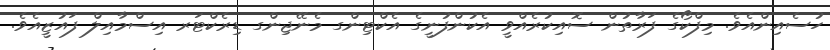
ހުސެއިންއެވެ. މިފްކޯގެ ފަރާތުން ސޮއިކުރެއްވީ އެކުންފުނީގެ އެކްޓިންގ މެނޭޖިންގ ޑިރެކްޓަރ އިސްމާއިލް ފައުޒީއެވެ.